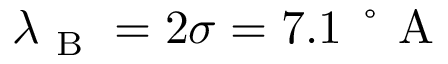
\lambda _ { \mathrm { ~ B ~ } } = 2 \sigma = 7 . 1 \, \mathrm { ~ \r ~ { ~ A ~ } ~ }